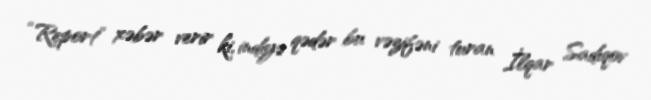
“Report” xəbər verir ki, indiyə qədər bu vəzifəni turan İlqar Sadıqov